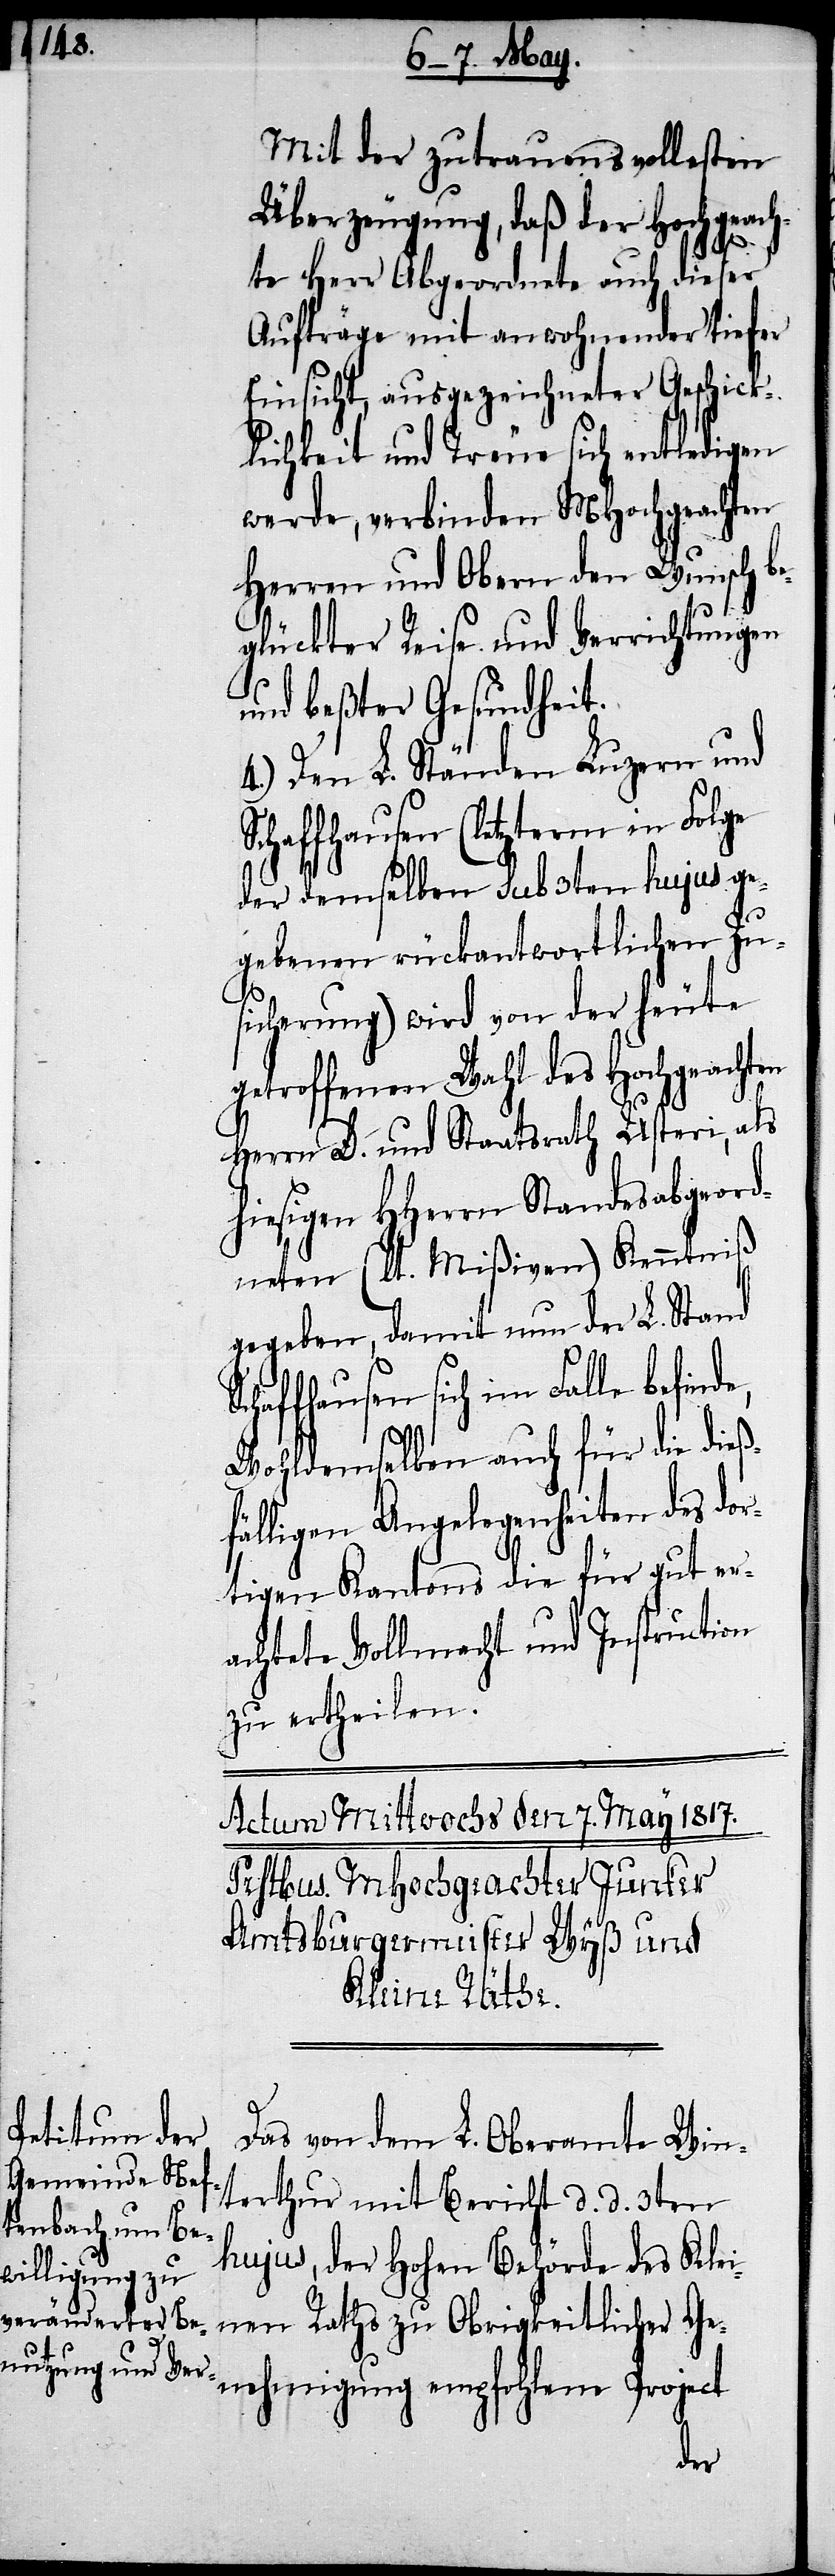
Mit der zutrauensvollesten
Überzeugung, daß der Hochgeach¬
e,
S¬
te Herr Abgeordnete auch dieser
Aufträge mit anwohnender tiefer
Einsicht, ausgezeichneter Geschick¬
lichkeit und Treue sich entledigen
werde, verbinden MHochgeachten
Herren und Obern den Wunsch b¬
eglückter Reise und Verrichtungen
und beßter Gesundheit.
Den L. Ständen Luzern und
chaffhausen (letzterm in Folge
der demselben sub 3ten hujus ge¬
gebenen rückantwortlichen Zu¬
sicherung) wird von der heute
getroffenen Wahl des Hochgeachten
Herrn D. und Staatsrath Usteri, als
hiesigen HHerrn Standesabgeord¬
neten (lt. Mißiven) Kenntniß
gegeben, damit nun der L. Stand
chaffhausen sich im Falle befind¬
Wohldemselben auch für die dieß¬
fälligen Angelegenheiten des dor¬
tigen Kantons die für gut er¬
achtete Vollmacht und Instruction
zu ertheilen.
Das von dem L. Oberamte Win¬
terthur mit Bericht d. d. 3ten
hujus, der Hohen Behörde des Klei¬
nen Raths zu Obrigkeitlicher Ge¬
nehmigung empfohlene Project